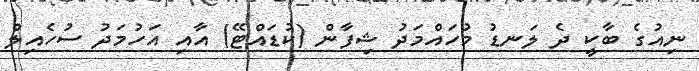
ނިއުގެ ބާކީ ދެ ލަނޑު މުހައްމަދު ޝިފާން (ކުޑައްޓޭ) އާއި އަހުމަދު ސުހެއިލް